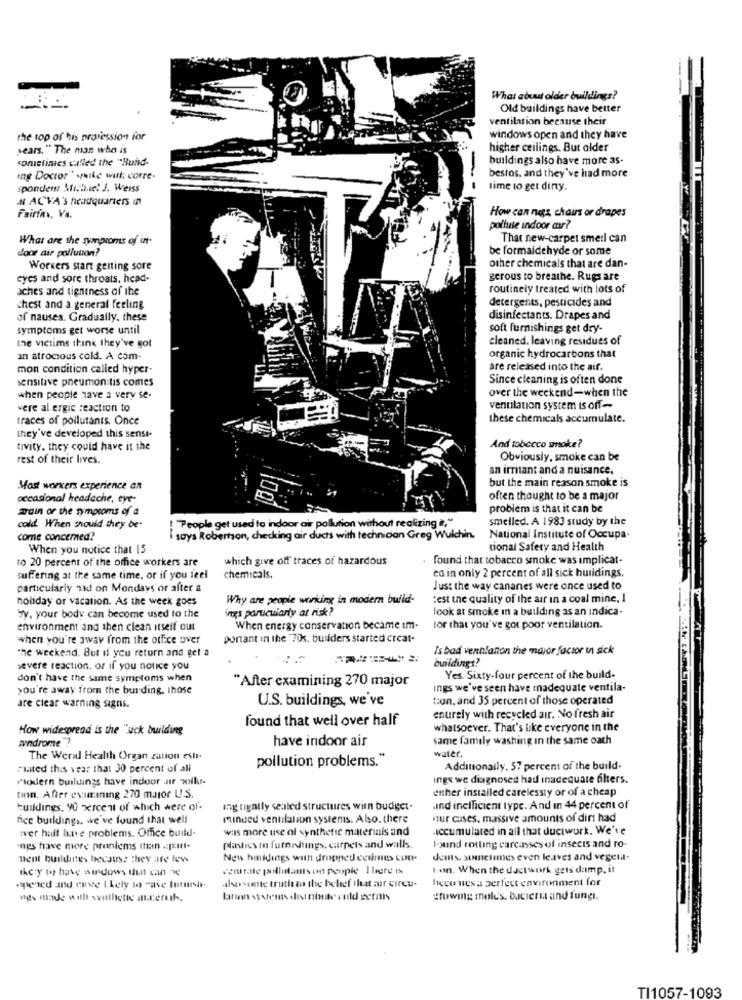
What about older buildings?
Old buildings have better
ventilation because their
the top of his praiession for
windows open and they have
years. " The man who is
higher ceilings. But alder
sometimes called the "Build-
buildings also have more as-
ing Doctor" .mike wul corre.
bestos, and they've had more
spondent Michael J. Weiss
time to get diny.
N ACVA's headquarters in
Fairin, Va.
How can negs, chairs or drapes
pollute indoor air?
What are the symptoms of in-
That new-carpet smell can
door air pollution?
be formaldehyde or some
Workers start getting sore
other chemicals that are dan-
cycs and sore throats. head-
gerous to breathe. Rugs are
aches and tightness of the
routinely treated with lots of
detergents, pesticides and
chest and a general feeling
of nausea. Gradually, these
disinfectants. Drapes and
symptoms get worse until
soft furnishings get dry-
the victims think they've got
cleaned, leaving residues of
an atrocious cold. A com-
organic hydrocarbons that
mon condition called hyper-
are released into the air.
sensitive pneumon tis comes
Since cleaning is often done
over the weekend-when the
when people have a very se-
vere allergic reaction to
ventilation system Is off-
traces of pollutants. Once
these chemicals accumulate.
they've developed this senst-
tivity, they could have it the
And tobecco smoke?
rest of their lives.
Obviously, smoke can be
an irritant and a nuisance.
but the main reason smoke is
Mast workers experience an
occasional headache, eye-
often thought to be a major
ardin of the symptoms of a
problem is that it can be
: "People get used to indoor air pollution without realizing it,"
smelled. A 1983 study by the
cold. When should they be-
come concerned?
I says Robertson, checking air ducts with technician Greg Wulchin.
National Institute of Occupa-
When you notice that 15
tional Safety and Health
to 20 percent of the office workers are
which give off traces of hazardous
found that tobacco smoke was implicat-
ed in only 2 percent of all sick buildings.
suffering at the same time, or if you feel
chemicals.
particularly nad on Mondays or after a
Just the way canaries were once used to
holiday or vacation. As the week goes
Why are people working in modern build-
test the quality of the air in a coal mine, I
ings particularly at risk?
look at smoke in a building as an indica-
by, your body can become used to the
environment and then clean itself out
When energy conservation became im-
tor that you've got poor ventilation.
when you're away from the office over
portant in the '70s. builders started creat.
the weekend. But if you return and get a
Is bad ventilation the major factor in sick
buildings?
severe reaction. or if you notice you
don't have the same symptoms when
"After examining 270 major
Yes. Sixty-four percent of the build-
you're away from the bus ding, those
Ings we've seen have inadequate ventila-
U.S. buildings, we've
tun, and 35 percent of those operated
are clear warning signs.
found that well over half
enurely with recycled air. No fresh air
How widespread is the "sick building
whatsoever. That's like everyone in the
syndrome"?
have indoor air
same family washing in the same oath
water.
The World Health Organ zation esli-
pollution problems."
"sted this year that 30 percent of all
Additionally, 57 percent of the build-
modern buildings have indoor air woolkur-
ings we diagnosed had inadequate filters.
either installed carelessty or of a cheap
tion. After examining 270 major U.S.
buildings. 90 xercent of which were of-
ing tightly sealed structures with budget-
and inefficient type. And In 44 percent of
nice buildings. we've found that well
minded ventilation systemis. Also. there
nur cuses. massive amounts of dirt had
wals more use of synthetic materials and
accumulated in all that ductwork. We're
tver half have problems. Office build-
"ngs have more praniems trein .: [cift-
plastics m furendings, carpets and walls
Found rotting carcasses of insects and ro-
nent building, because they are low
New hinkdings with dropped cetimes con-
dents, sometimes even leaves and vegela-
they to have windows that can we
t-on. When the ductwork gets dump. it
heco nes a perfect environment for
opened and rave Lkely to "ave Iurushi-
also samtte truth to the belief that ar circu-
ngs made with svnthette meruh.
larsen systems disinibite culd germs
growing mold's. bucieri and fungi.
TI1057-1093